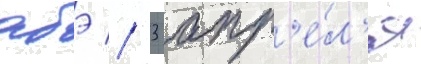
абэ // 3 апр'е́л'я